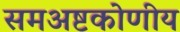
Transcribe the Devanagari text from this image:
समअष्टकोणीय